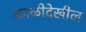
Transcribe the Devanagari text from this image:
काळीदेखील